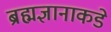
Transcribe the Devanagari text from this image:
ब्रह्मज्ञानाकडे